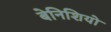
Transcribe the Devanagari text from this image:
बेनिशियो